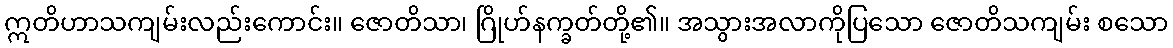
ဣတိဟာသကျမ်းလည်းကောင်း။ ဇောတိသာ၊ ဂြိုဟ်နက္ခတ်တို့၏။ အသွားအလာကိုပြသော ဇောတိသကျမ်း စသော